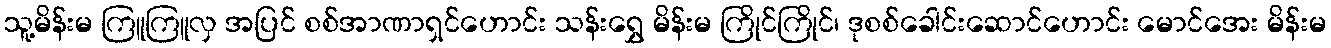
သူ့မိန်းမ ကြူကြူလှ အပြင် စစ်အာဏာရှင်ဟောင်း သန်းရွှေ မိန်းမ ကြိုင်ကြိုင်၊ ဒုစစ်ခေါင်းဆောင်ဟောင်း မောင်အေး မိန်းမ